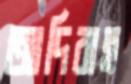
আদিবাহ